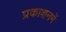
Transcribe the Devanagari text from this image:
प्रकाशनमें